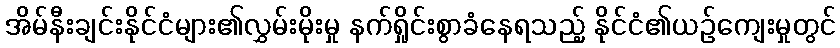
အိမ်နီးချင်းနိုင်ငံများ၏လွှမ်းမိုးမှု နက်ရှိုင်းစွာခံနေရသည့် နိုင်ငံ၏ယဉ်ကျေးမှုတွင်